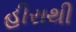
હીરાથી